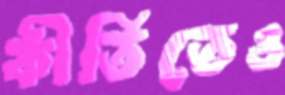
কীর্তিতেও